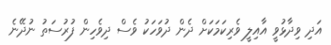
އަދި ވިދާޅުވީ އާއިލީ ވެރިކަމަކަށް ދެން ދުވަހަކު ވެސް ދިވެހިން ފުރުސަތު ނުދޭނެ